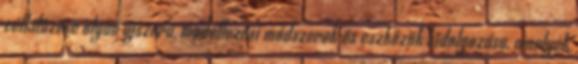
célkitûzése olyan újszerû, modellezési módszerek és eszközök kidolgozása, amelyek